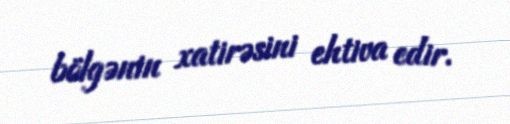
bölgənin xatirəsini ehtiva edir.